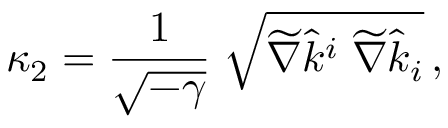
\kappa _ { 2 } = { \frac { 1 } { \sqrt { - \gamma } } } \; \sqrt { \widetilde \nabla \hat { k } ^ { i } \; \widetilde \nabla \hat { k } _ { i } } \, ,